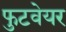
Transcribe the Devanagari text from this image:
फुटवेयर